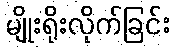
မျိုးရိုးလိုက်ခြင်း